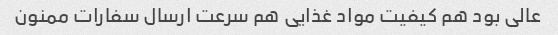
عالی بود هم کیفیت مواد غذایی هم سرعت ارسال سفارات ممنون